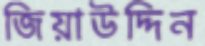
জিয়াউদ্দিন